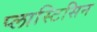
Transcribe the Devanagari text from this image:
प्लास्टिसिन